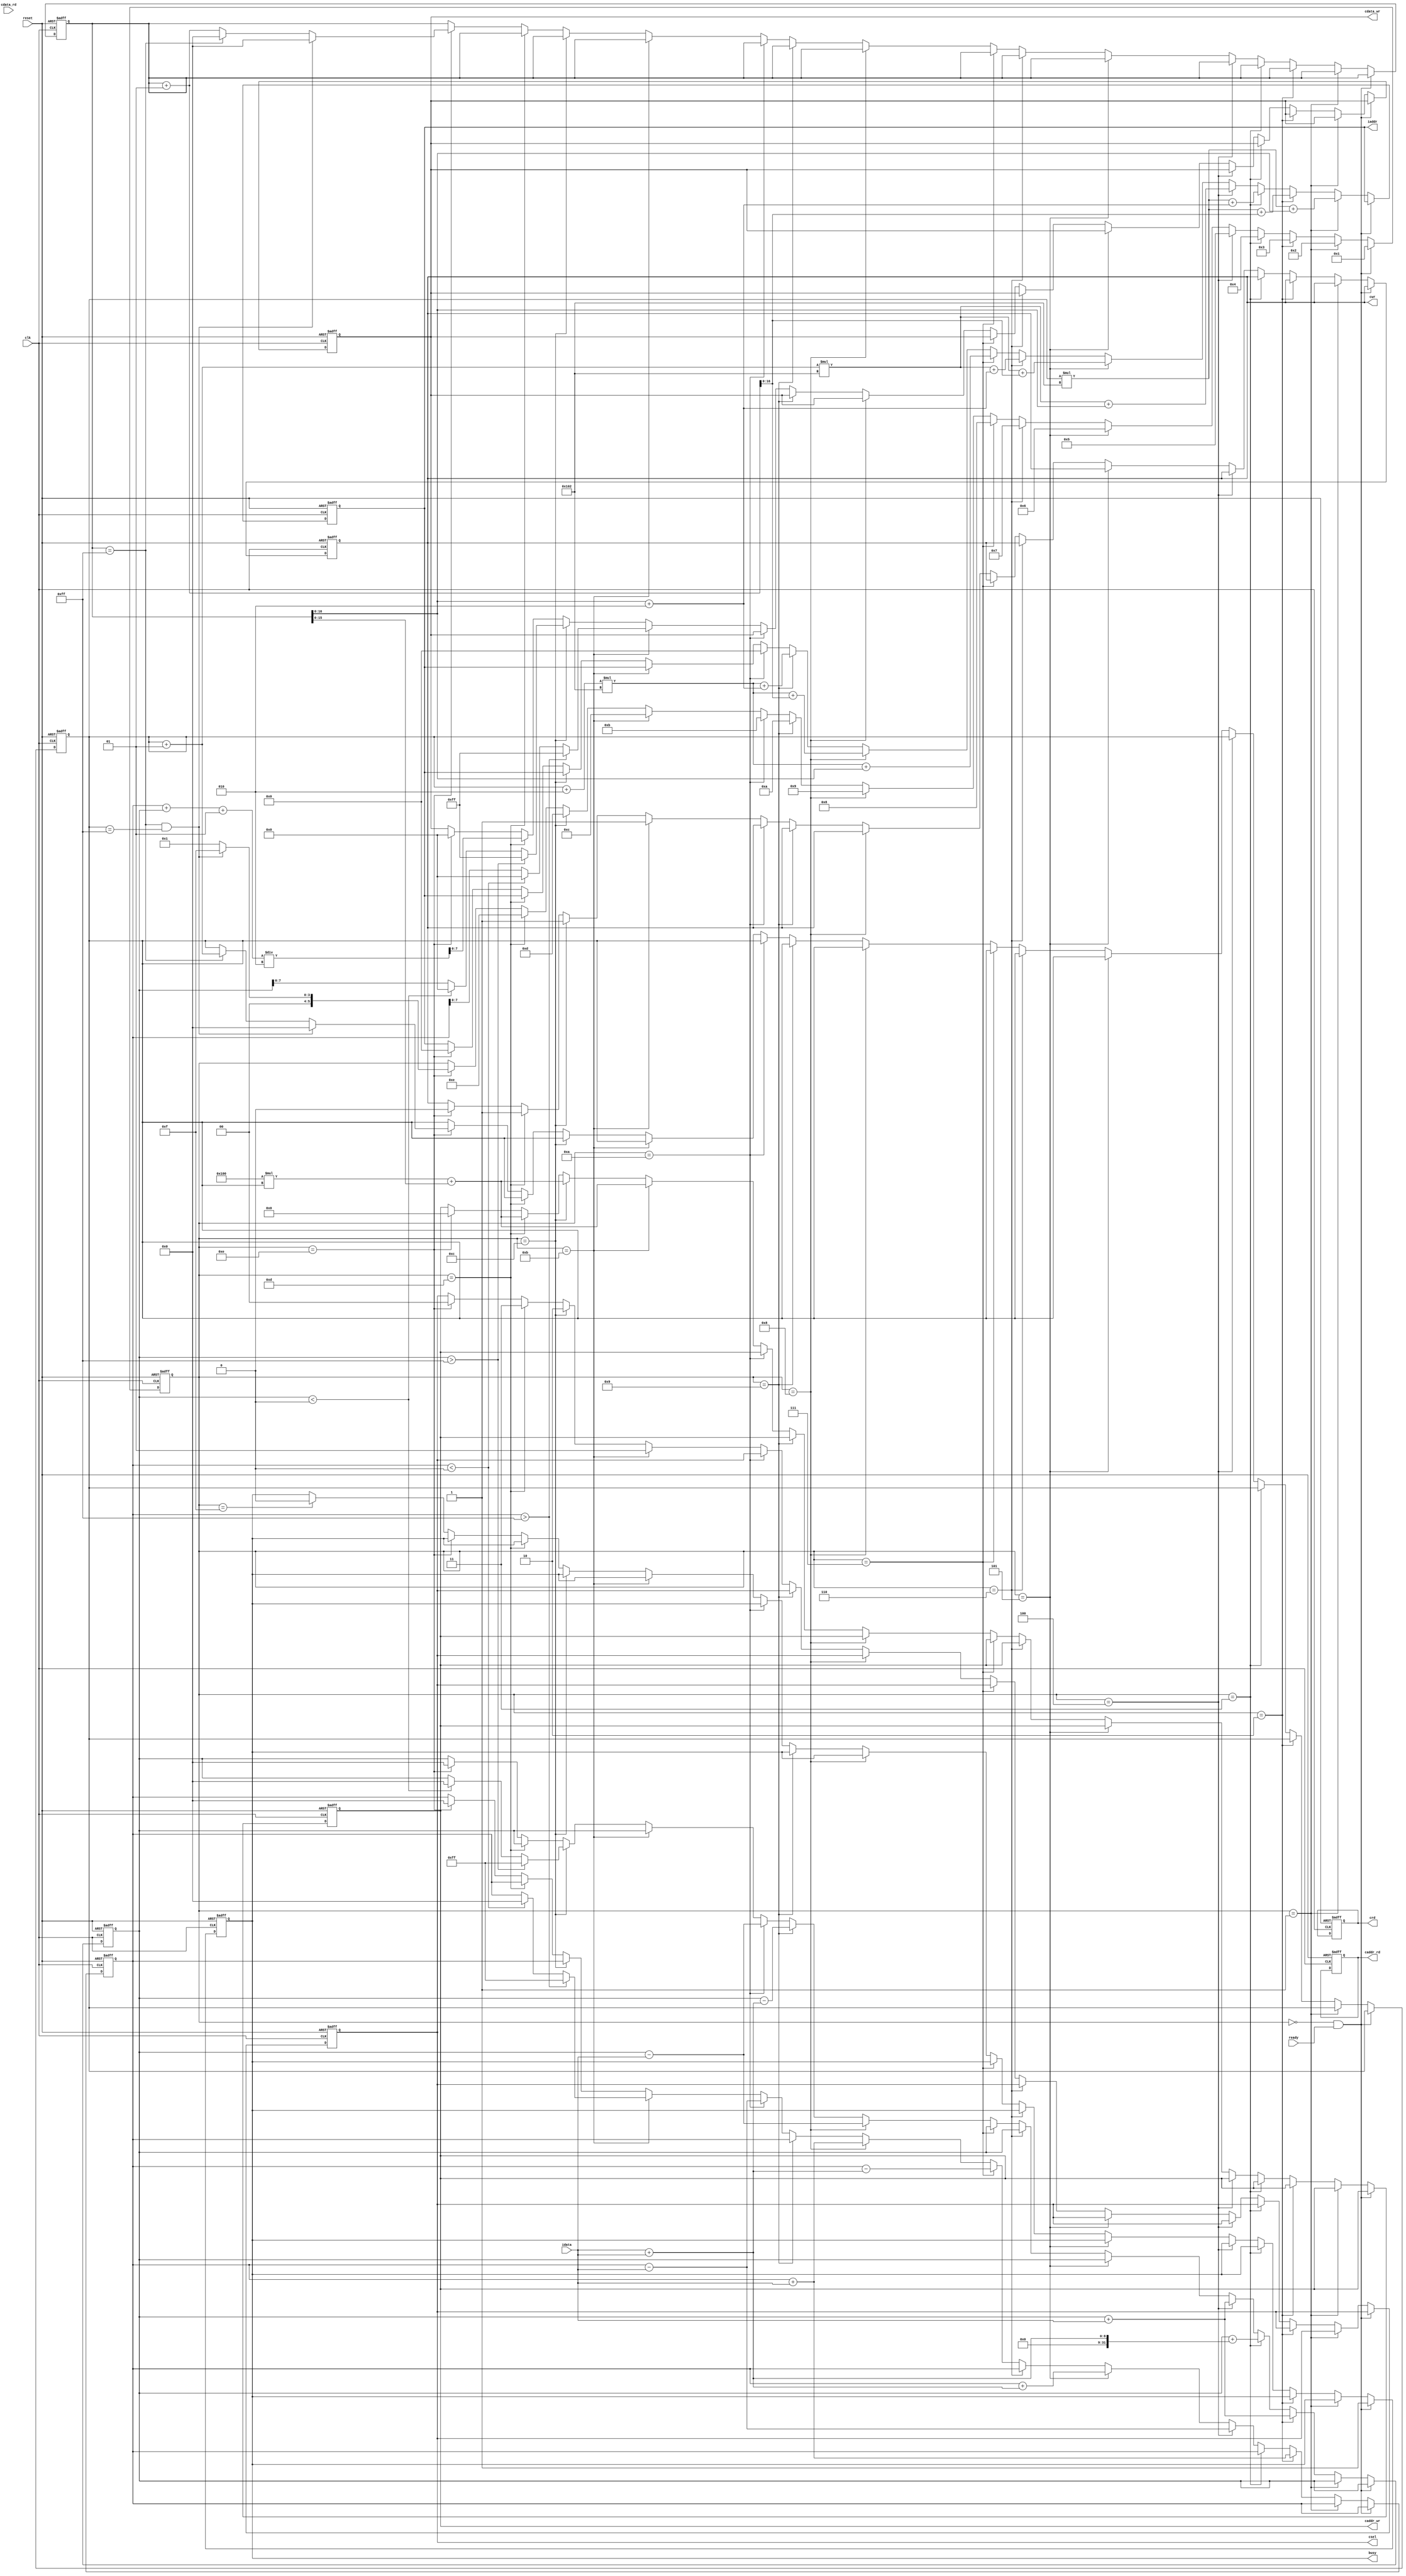

`timescale 1ns/10ps

module  SOBEL(clk,reset,busy,ready,iaddr,idata,cdata_rd,cdata_wr,caddr_rd,caddr_wr,cwr,crd,csel	);
	input				clk;
	input				reset;
	output	reg			busy;	
	input				ready;	
	output 	reg [16:0]		iaddr;
	input  	[7:0]		idata;	
	input	[7:0]		cdata_rd;
	output	reg [7:0]		cdata_wr;
	output 	reg [15:0]		caddr_rd;
	output 	reg [15:0]		caddr_wr;
	output	reg			cwr,crd;
	output 	reg [1:0]		csel;

	reg [5:0] state;

	parameter state_start = 0;
	parameter state_input_gray_start = 1;
	parameter state_input_gray_1 = 2;
	parameter state_input_gray_2 = 3;
	parameter state_input_gray_3 = 4;
	parameter state_input_gray_4 = 5;
	parameter state_input_gray_5 = 6;
	parameter state_input_gray_6 = 7;
	parameter state_input_gray_7 = 8;
	parameter state_input_gray_8 = 9;
	parameter state_input_gray_9 = 10;
	parameter state_output_x = 11;
	parameter state_output_y = 12;
	parameter state_output_sobel = 13;
	parameter state_next_read_gray = 14;
	parameter state_finish = 15;


	integer img_x, img_y;
	integer sobel_x_cal, sobel_y_cal;

	initial 
	begin
		img_x <= 0;
		img_y <= 0;
		sobel_x_cal <= 0;
		sobel_y_cal <= 0;
		iaddr <= 0;
		busy <= 0;
	end

	always@(posedge clk, posedge reset)
	begin
		if(reset)
		begin
			state <= state_start;

			img_x <= 0;
			img_y <= 0;
			sobel_x_cal <= 0;
			sobel_y_cal <= 0;

			busy <= 0;
			iaddr <= 0;
			cdata_wr <= 0;
			caddr_wr <= 0;
			caddr_rd <= 0;
			cwr <= 0;
			crd <= 0;
			csel <= 0;
		end
		else
		begin
			if(state == state_start && ready == 1)
			begin
				busy <= 1;
				state <= state_input_gray_start;
			end
			else if(state == state_input_gray_start)
			begin
				iaddr <= ((img_y)*258) + (img_x);

				state <= state_input_gray_1;
			end
			else if(state == state_input_gray_1)
			begin
				iaddr <= ((img_y)*258) + (img_x + 1);
				sobel_x_cal <= sobel_x_cal + idata;
				sobel_y_cal <= sobel_y_cal + idata;

				state <= state_input_gray_2;
			end
			else if(state == state_input_gray_2)
			begin
				iaddr <= ((img_y)*258) + (img_x + 2);
				sobel_x_cal <= sobel_x_cal;
				sobel_y_cal <= sobel_y_cal + (idata + idata);

				state <= state_input_gray_3;
			end
			else if(state == state_input_gray_3)
			begin
				iaddr <= ((img_y + 1)*258) + (img_x);
				sobel_x_cal <= sobel_x_cal - idata;
				sobel_y_cal <= sobel_y_cal + idata;

				state <= state_input_gray_4;
			end
			else if(state == state_input_gray_4)
			begin
				iaddr <= ((img_y + 1)*258) + (img_x + 1);
				sobel_x_cal <= sobel_x_cal + (idata + idata);
				sobel_y_cal <= sobel_y_cal;

				state <= state_input_gray_5;
			end
			else if(state == state_input_gray_5)
			begin
				iaddr <= ((img_y + 1)*258) + (img_x + 2);
				sobel_x_cal <= sobel_x_cal;
				sobel_y_cal <= sobel_y_cal;

				state <= state_input_gray_6;
			end
			else if(state == state_input_gray_6)
			begin
				iaddr <= ((img_y + 2)*258) + (img_x);
				sobel_x_cal <= sobel_x_cal - (idata + idata);
				sobel_y_cal <= sobel_y_cal;

				state <= state_input_gray_7;
			end
			else if(state == state_input_gray_7)
			begin
				iaddr <= ((img_y + 2)*258) + (img_x + 1);
				sobel_x_cal <= sobel_x_cal + idata;
				sobel_y_cal <= sobel_y_cal - idata;

				state <= state_input_gray_8;
			end
			else if(state == state_input_gray_8)
			begin
				iaddr <= ((img_y + 2)*258) + (img_x + 2);
				sobel_x_cal <= sobel_x_cal;
				sobel_y_cal <= sobel_y_cal - (idata + idata);

				state <= state_input_gray_9;
			end
			else if(state == state_input_gray_9)
			begin
				iaddr <= 0;
				sobel_x_cal <= sobel_x_cal - idata;
				sobel_y_cal <= sobel_y_cal - idata;

				state <= state_output_x;
			end
			else if(state == state_output_x)
			begin
				cwr <= 1;
				if(sobel_x_cal > 255)
				begin
					cdata_wr <= 255;
					sobel_x_cal <= 255;
				end
				else if(sobel_x_cal < 0)
				begin
					cdata_wr <= 0;
					sobel_x_cal <= 0;
				end
				else
				begin
					cdata_wr <= sobel_x_cal;
				end
				caddr_wr <= (256 * img_y) + img_x;
				csel <= 2'b01;

				state <= state_output_y;
			end
			else if(state == state_output_y)
			begin
				cwr <= 1;
				if(sobel_y_cal > 255)
				begin
					cdata_wr <= 255;
					sobel_y_cal <= 255;
				end
				else if(sobel_y_cal < 0)
				begin
					cdata_wr <= 0;
					sobel_y_cal <= 0;
				end
				else
				begin
					cdata_wr <= sobel_y_cal;
				end
				caddr_wr <= (256 * img_y) + img_x;
				csel <= 2'b10;

				state <= state_output_sobel;
			end
			else if(state == state_output_sobel)
			begin
				cwr <= 1;

				cdata_wr <= ((sobel_x_cal + sobel_y_cal) + 1) / 2;
				caddr_wr <= (256 * img_y) + img_x;

				csel <= 2'b11;

				state <= state_next_read_gray;
			end
			else if(state == state_next_read_gray)
			begin
				if(img_x == 255 && img_y == 255)
				begin
					img_x <= 0;
					img_y <= 0;
					state <= state_finish;
				end
				else if(img_x == 255)
				begin
					img_x <= 0;
					img_y <= img_y + 1;

					state <= state_input_gray_start;
				end
				else
				begin
					img_x <= img_x + 1;

					state <= state_input_gray_start;
				end

				iaddr <= 0;

				sobel_x_cal <= 0;
				sobel_y_cal <= 0;

				cwr <= 0;
				cdata_wr <= 0;
				caddr_wr <= 0;
				csel <= 0;
			end
			else if(state == state_finish)
			begin
				busy <= 0;
			end
			else
			begin
			end
		end
	end	
	
endmodule